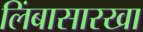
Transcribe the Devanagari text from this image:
लिंबासारखा